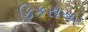
ફિકસચર